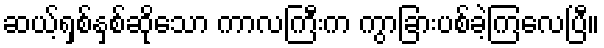
ဆယ့်ရှစ်နှစ်ဆိုသော ကာလကြီးက ကွာခြားပစ်ခဲ့ကြလေပြီ။